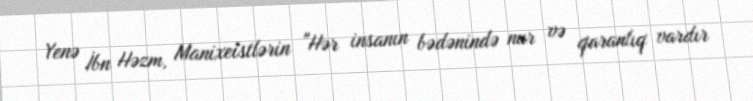
Yenə İbn Həzm, Manixeistlərin "Hər insanın bədənində nur və qaranlıq vardır